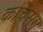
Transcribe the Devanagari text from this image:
कांचसम